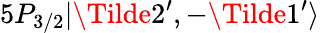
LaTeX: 5P_{3/2}|\Tilde{2}^{\prime},-\Tilde{1}^{\prime}\rangle